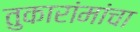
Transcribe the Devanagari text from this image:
तुकारांमांचा